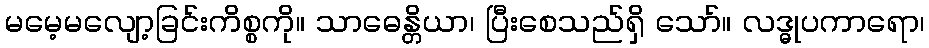
မမေ့မလျော့ခြင်းကိစ္စကို။ သာဓေန္တိယာ၊ ပြီးစေသည်ရှိ သော်။ လဒ္ဓုပကာရော၊